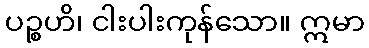
ပဉ္စဟိ၊ ငါးပါးကုန်သော။ ဣမာ